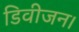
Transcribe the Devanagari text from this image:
डिवीजन।